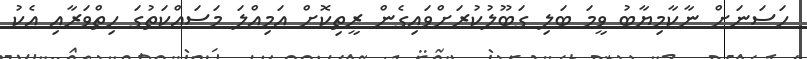
ހަސަނަށް ނާކާމިޔާބު ވީމަ ބަލި ގަބޫލުކުރަށްވައިގެން ރީތިކޮށް އަމިއްލަ މަސައްކަތުގަ ހިތްވަރާއި އެކު